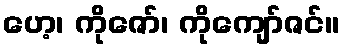
ဟေ့၊ ကိုဇော်၊ ကိုကျော်ဇင်။